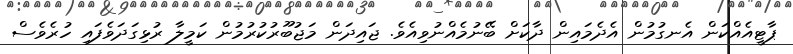
ޕާޓީއެއްކަން އެނގުމުން އެދެމައިން ދާކަށް ބޭނުމެއްނުވިއެވެ. ޖައިދަން މަޖުބޫރުކުރުމުން ކަމީލާ ރުޅިގަދަވެފައި ހުރެވެސް